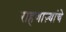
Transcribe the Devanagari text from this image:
राहणाऱ्यांचे